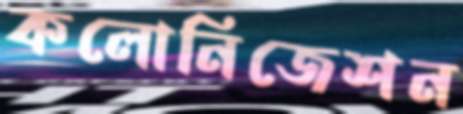
কলোনিজেশন